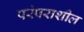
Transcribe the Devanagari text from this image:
परंपराशील